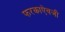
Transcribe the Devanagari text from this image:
फरकाऐवजी